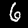
Digit: 6